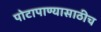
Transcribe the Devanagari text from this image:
पोटापाण्यासाठीच